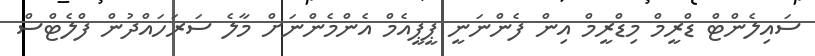
ސައިލެންޓް ޑްރީމް މިޑްރީމް އިން ފެންނަނީ ޕީޕީއެމް އެންމެންނަށް މާލެ ސަރަހައްދުން ފްލެޓްސް